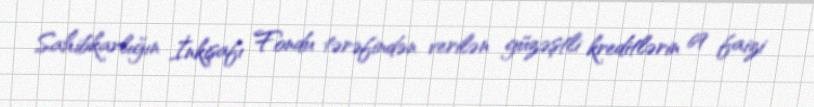
Sahibkarlığın İnkişafı Fondu tərəfindən verilən güzəştli kreditlərin 69 faizi